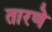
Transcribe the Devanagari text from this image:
तारणे